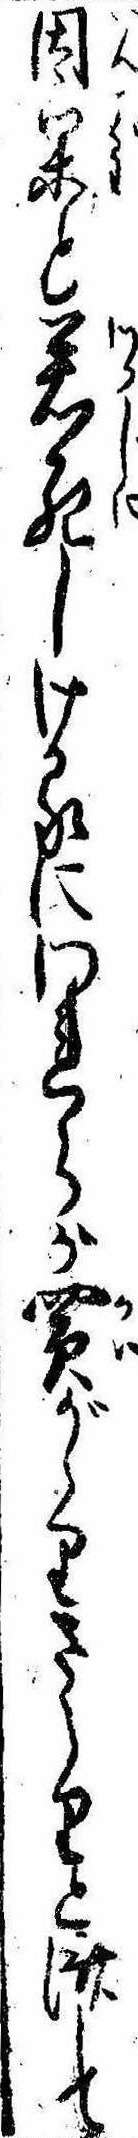
因果と若死しけるにわれらが買がゝりさらりと済して